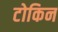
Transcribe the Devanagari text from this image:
टोकिन